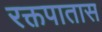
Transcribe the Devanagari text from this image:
रक्तपातास